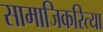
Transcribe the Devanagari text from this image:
सामाजिकरित्या